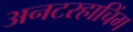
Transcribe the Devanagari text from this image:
अनटरहाचिंग